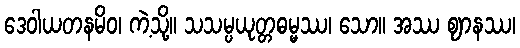
ဒေဝါယတနမိဝ၊ ကဲ့သို့။ သသမ္ပယုတ္တဓမ္မဿ၊ သော။ အဿ ဈာနဿ၊